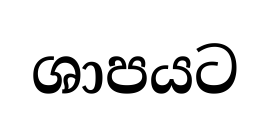
ශාපයට